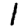
Digit: 1